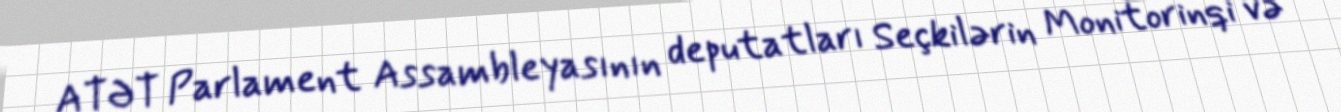
ATƏT Parlament Assambleyasının deputatları Seçkilərin Monitorinqi və